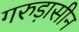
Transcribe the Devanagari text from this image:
गरुड़ासीन